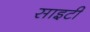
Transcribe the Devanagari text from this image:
साइटी